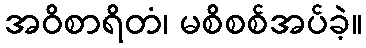
အဝိစာရိတံ၊ မစိစစ်အပ်ခဲ့။